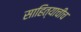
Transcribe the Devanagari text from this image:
साहित्याचीच